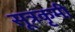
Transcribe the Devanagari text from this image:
सूत्रकृमी